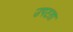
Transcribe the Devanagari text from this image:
उपटता